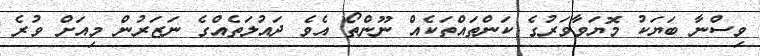
ވިސްނާ ބަޔަކު މޮޔަވާވަރުގެ ކަންތައްތަކެއް ނޫންތޯ އެވެ ދައުލަތެއްގެ ނަޒަރުން މިއަށް ވުރެ